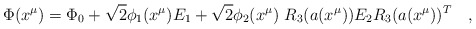
\begin{align*}\Phi(x^\mu)=\Phi_0+\sqrt{2}\phi_1(x^\mu) E_1+\sqrt{2}\phi_2(x^\mu)~R_3(a(x^\mu))E_2R_3(a(x^\mu))^T\quad,\end{align*}